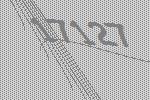
17127